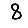
Digit: 8